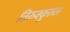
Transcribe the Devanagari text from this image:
तिरुक्कुरुल